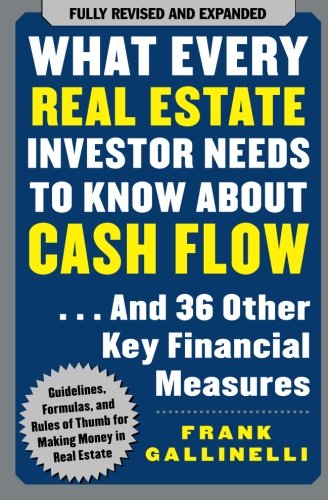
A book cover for What Every Real Estate Investor Needs to Know About Cash Flow... And 36 Other Key Financial Measures; Frank Gallinelli; Business & Money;